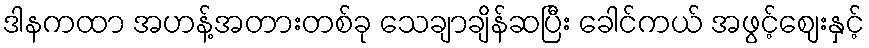
ဒါနကထာ အဟန့်အတားတစ်ခု သေချာချိန်ဆပြီး ခေါင်ကယ် အဖွင့်ဈေးနှင့်